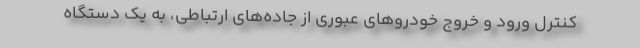
کنترل ورود و خروج خودروهای عبوری از جاده‌های ارتباطی، به یک دستگاه